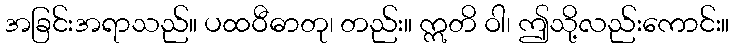
အခြင်းအရာသည်။ ပထဝီဓာတု၊ တည်း။ ဣတိ ဝါ၊ ဤသို့လည်းကောင်း။